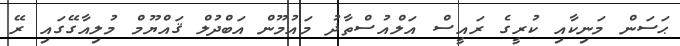
ޙަސަން މަނިކާއި ކުރީގެ ރައީސް އަލްއުސްތާޛު މައުމޫން އަބްދުލް ޤައްޔޫމް މުލިއާގޭގައި ރޭ